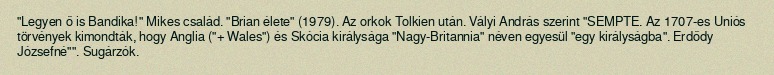
"Legyen ő is Bandika!" Mikes család. "Brian élete" (1979). Az orkok Tolkien után. Vályi András szerint "SEMPTE. Az 1707-es Uniós törvények kimondták, hogy Anglia ("+ Wales") és Skócia királysága "Nagy-Britannia" néven egyesül "egy királyságba". Erdődy Józsefné"". Sugárzók.